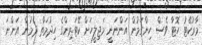
މާރުކޭޓު ހޮޓާ ވެސް ހިންގަމުން އަންނަނީ މަޖިލީހަށް ކޭޓަރިންގެ ހިދުމަތް ދެމުން އަންނަ